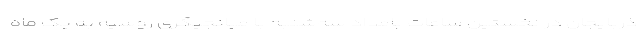
ذربایجان در نخستین ساعات بامداد سه‌شنبه با میانجیگری روسیه به یک ماه